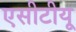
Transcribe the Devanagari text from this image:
एसीटीयू